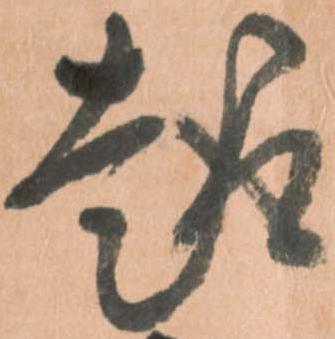
趣